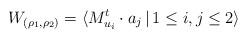
LaTeX: \begin{align*} W_{(\rho_1,\rho_2)} = \langle M_{u_i}^t\cdot a_j\,|\,1\leq i,j\leq 2\rangle \end{align*}